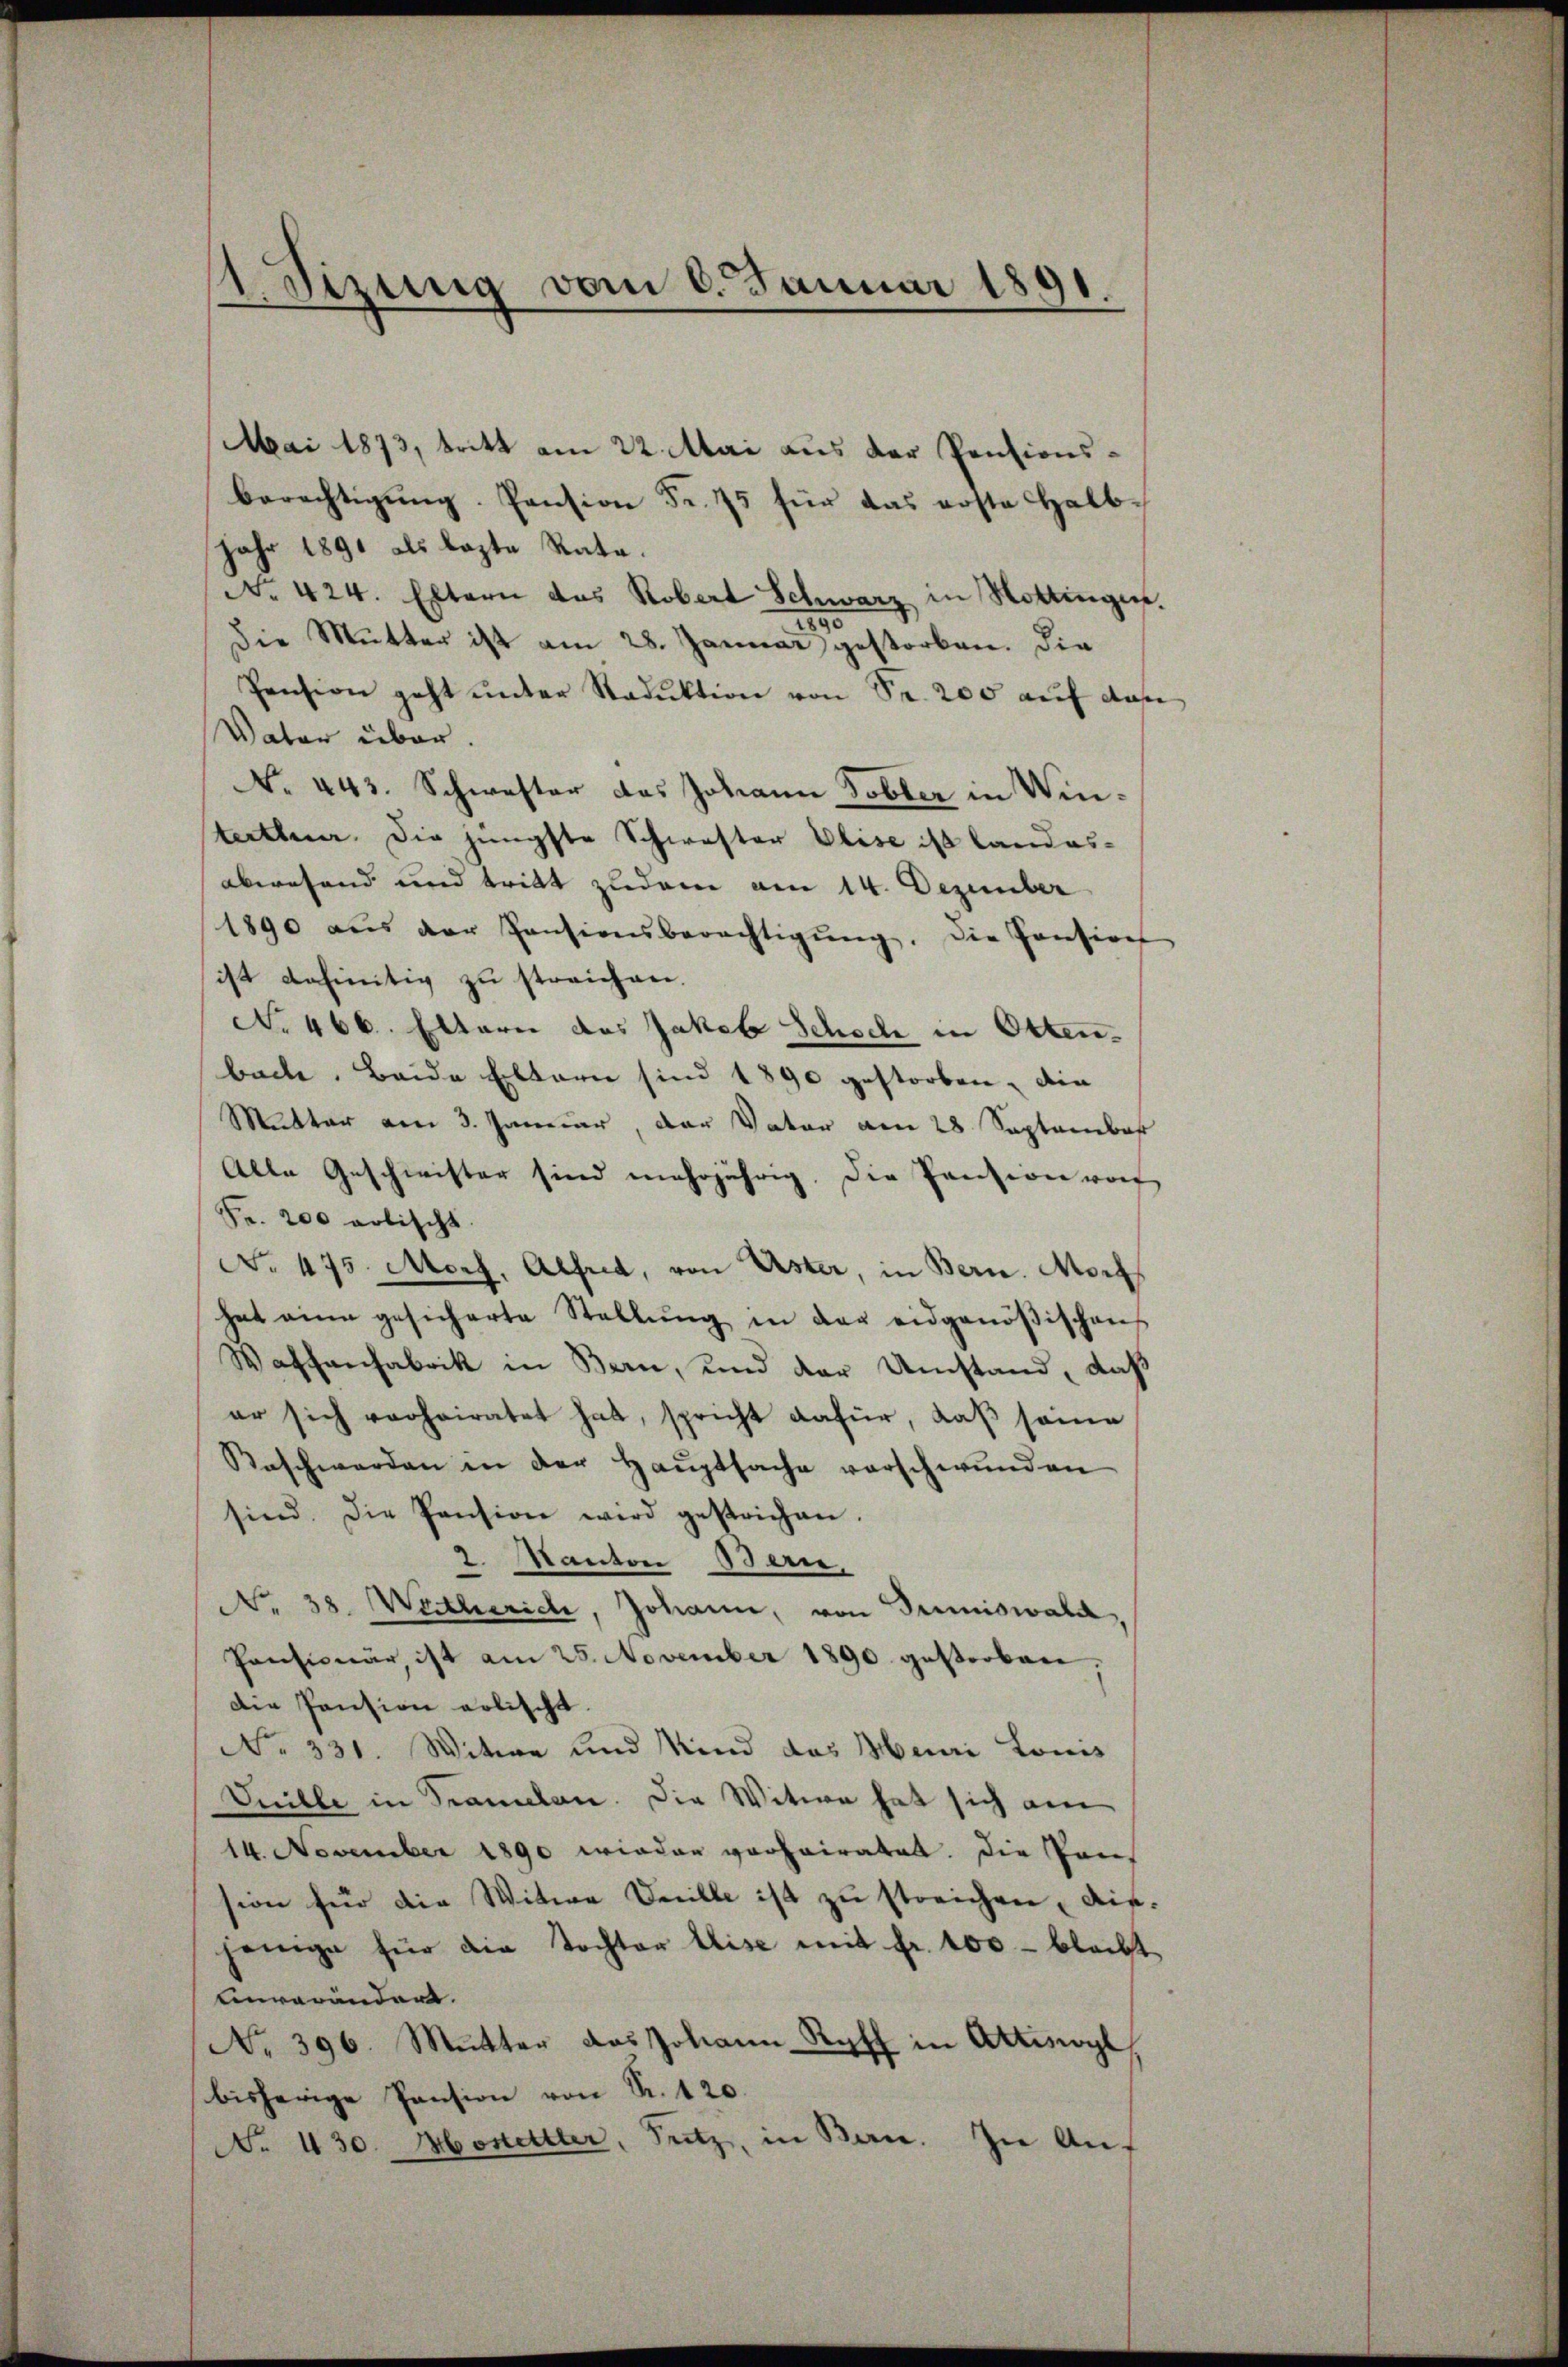
WSizung vom 6. Januar 1891.

Mai 1873, tritt am 22. Mai aus der Pensionsberechtigung. Pension Fr. 75 für das erste Halb¬
Jahr 1891 als lezte Rata.
No 424. Eltern das Robert Schwarz in Hottingen.
.
Die Mutter ist am 28. Januar gestorben. Die
Pension geht unter Staduktion von Sr. 200 auf das
Vater über.
No. 443. Schwester das Johann Tobler in Winterthurer. Die jüngste Schwester Elise ist landes-
abwesend und tritt zudem am 14. Dezember
1890 aus der Pensionsberechtigŭng. Die Pension
ist befinitiv zu streichen.
No 466. Eltern das Jakob Schoch in Otten.
bache. Beide Eltern sind 1890 gestorben, die
Mutter am 3. Januar, der Vater am 28 September
Alle Geschwister sind mehrjährig. Die Pension woh
Fr. 200 votischt.
No 475. Marz, Alfred, von Uster, in Bern. Morf
hat eine gesicherte Stellŭng in der eidgenößischens
Wafsanfabrik in Bern, und der Umstand, daß
er sich verheiratet hat, spricht dafür, daß seine
Beschwerden in der Haŭptsache vorschwunden
sind. Die Pension wird gestrichen.
2. Kanton Bern,
No. 38. Watberich, Johann, von Trimiswald,
Pensionär, ist am 25. November 1890 gesterben,
Die Pension erlischt.
No 331. Witwe und Kind das Meuri Lomis
Suille in Tramelan. Die Witwe hat sich am
14. November 1890 wieder vorheiratet. Die Prüf
sion für die Witwe Seille ist zu streichen, die-
jenige für die Tochter Elise mit fr. 100 - bleibt
einverändert.
No. 396. Mŭtter das Johann Roff in Attisoyl,
bisherige Pension von S. 120.
No 430. Mosettler, Sutz, in Bern. In Auf